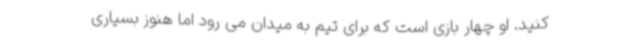
کنید. او چهار بازی است که برای تیم به میدان می رود اما هنوز بسیاری